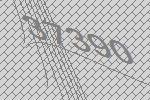
37390